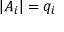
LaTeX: | A _ { i } | = q _ { i }